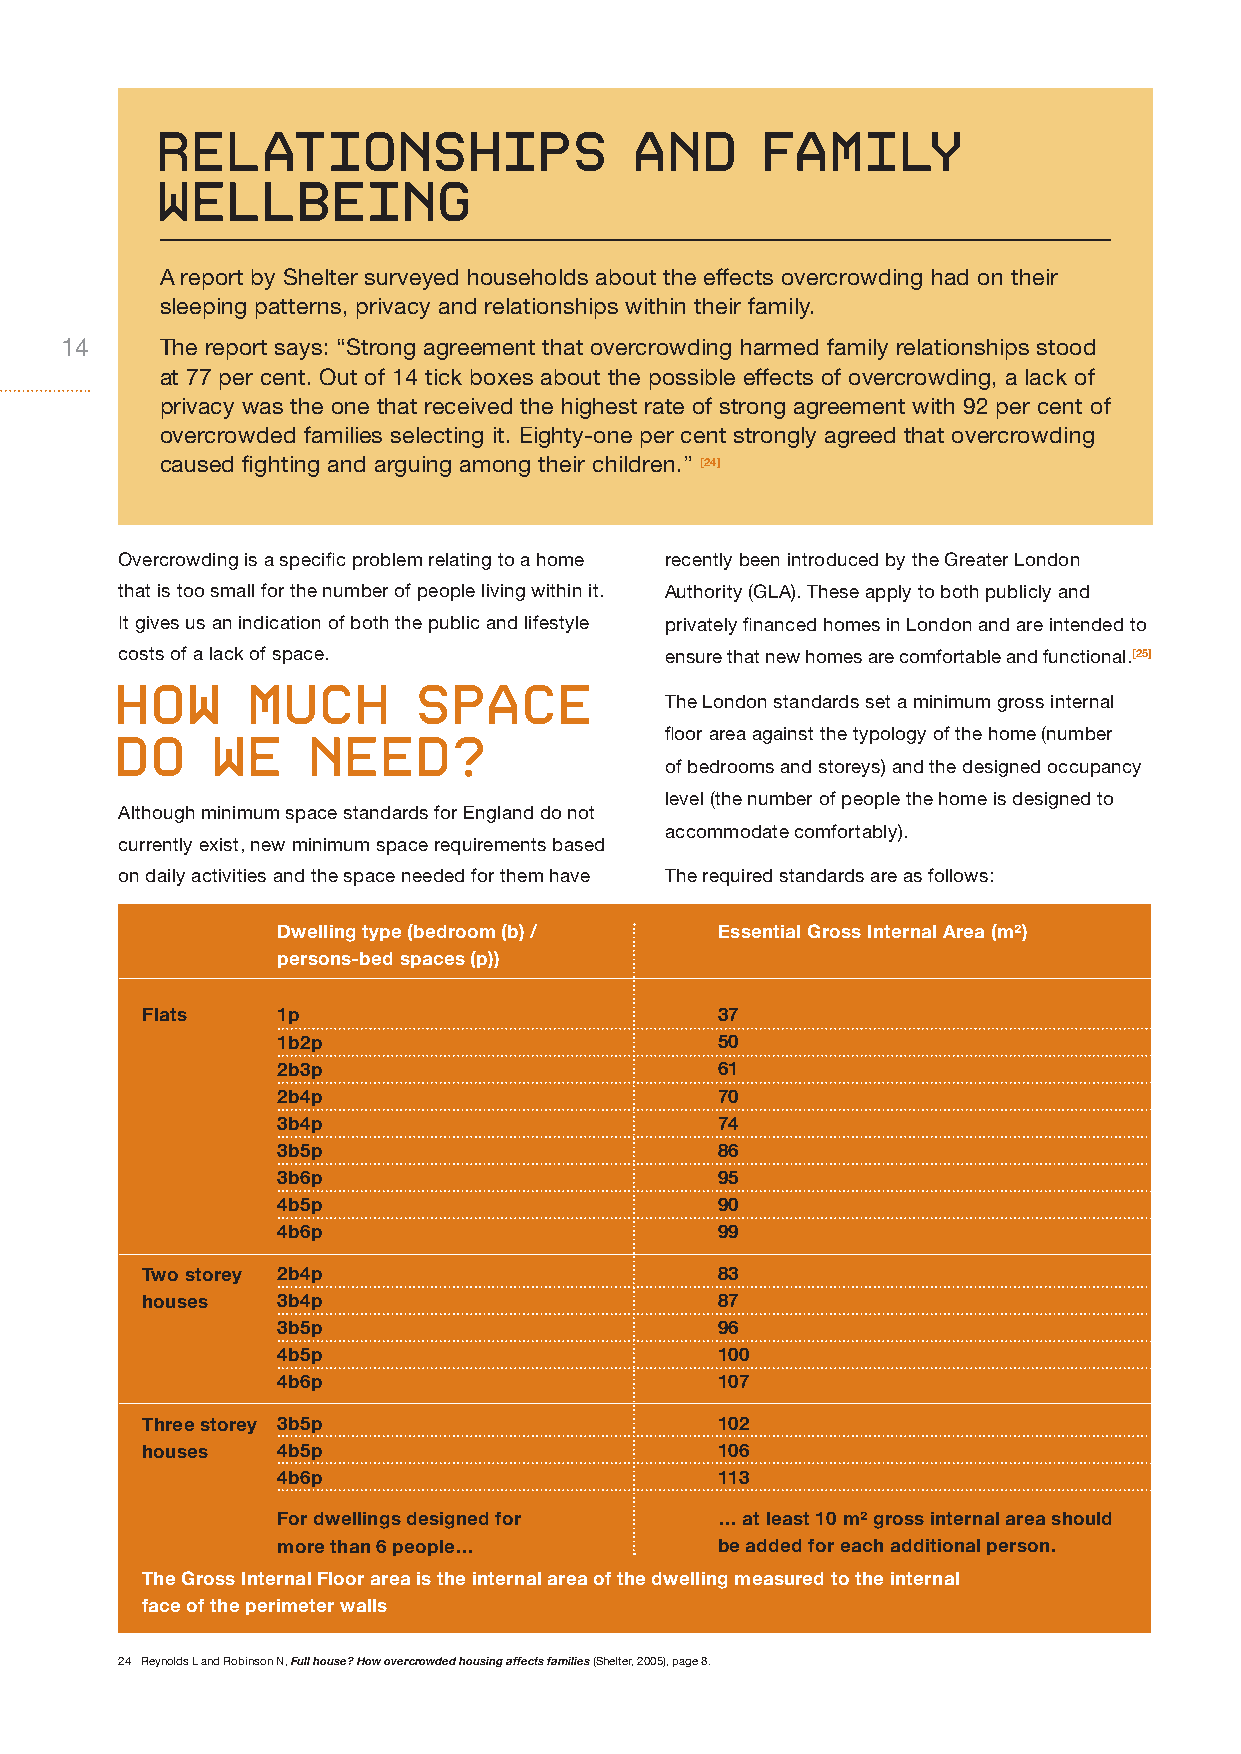
relationshiPs                  and      family
 wellbeing
 A report by Shelter surveyed households about the effects overcrowding had on their
 sleeping patterns, privacy and relationships within their family.
 14     The report says: “Strong agreement that overcrowding harmed family relationships stood
 at 77 per cent. Out of 14 tick boxes about the possible effects of overcrowding, a lack of
 privacy was the one that received the highest rate of strong agreement with 92 per cent of
 overcrowded families selecting it. Eighty-one per cent strongly agreed that overcrowding
 caused fighting and arguing among their children.” [24]
 Overcrowding is a specific problem relating to a home recently been introduced by the Greater London
 that is too small for the number of people living within it. Authority (GLA). These apply to both publicly and
 It gives us an indication of both the public and lifestyle privately financed homes in London and are intended to
 costs of a lack of space.           ensure that new homes are comfortable and functional.[25]
 how      much       sPace
 The London standards set a minimum gross internal
 floor area against the typology of the home (number
 do    we     need?
 of bedrooms and storeys) and the designed occupancy
 level (the number of people the home is designed to
 Although minimum space standards for England do not
 accommodate comfortably).
 currently exist, new minimum space requirements based
 on daily activities and the space needed for them have The required standards are as follows:
 Dwelling type (bedroom (b) / Essential Gross Internal Area (m²)
 persons-bed spaces (p))
 Flats    1p                           37
 1b2p                         50
 2b3p                         61
 2b4p                         70
 3b4p                         74
 3b5p                         86
 3b6p                         95
 4b5p                         90
 4b6p                         99
 Two storey 2b4p                       83
 houses   3b4p                         87
 3b5p                         96
 4b5p                         100
 4b6p                         107
 Three storey 3b5p                     102
 houses   4b5p                         106
 4b6p                         113
 For dwellings designed for   … at least 10 m² gross internal area should
 more than 6 people…          be added for each additional person.
 The Gross Internal Floor area is the internal area of the dwelling measured to the internal
 face of the perimeter walls
 24 Reynolds L and Robinson N, Full house? How overcrowded housing affects families (Shelter, 2005), page 8.